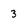
Character: 3